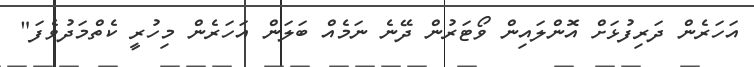
އަހަރެން ދަރިފުޅަށް އޮންލައިން ވޯޓަރުން ދޭނެ ނަމެއް ބަލަން އަހަރެން މިހުރީ ކެތްމަދުވެފަ"